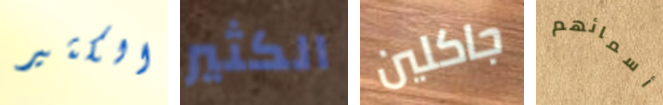
الكثير الكثير جاكلين أسمائهم